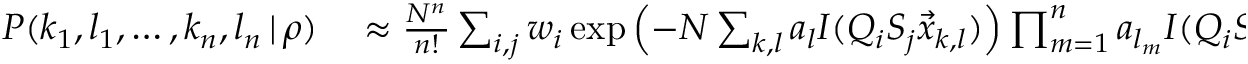
\begin{array} { r l } { P ( k _ { 1 } , l _ { 1 } , \dots , k _ { n } , l _ { n } \, | \, \rho ) } & { { } \approx \frac { N ^ { n } } { n ! } \sum _ { i , j } w _ { i } \exp \left( - N \sum _ { k , l } a _ { l } I ( Q _ { i } S _ { j } \vec { x } _ { k , l } ) \right) \prod _ { m = 1 } ^ { n } a _ { l _ { m } } I ( Q _ { i } S _ { j } \vec { x } _ { k _ { m } , l _ { m } } ) } \end{array}